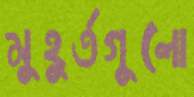
মুহুর্তগুলো